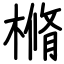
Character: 樇